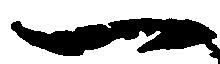
一